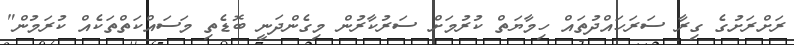
ރަށްރަށުގެ ގިރާ ސަރަހައްދުތައް ހިމާޔަތް ކުރުމަށް ސަރުކާރުން މިގެންދަނީ ބޮޑެތި މަސައްކަތްތަކެއް ކުރަމުން"